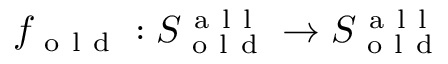
f _ { \mathrm { ~ o ~ l ~ d ~ } } : S _ { \mathrm { ~ o ~ l ~ d ~ } } ^ { \mathrm { ~ a ~ l ~ l ~ } } \to S _ { \mathrm { ~ o ~ l ~ d ~ } } ^ { \mathrm { ~ a ~ l ~ l ~ } }